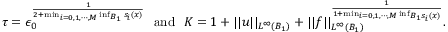
\tau = \epsilon _ { 0 } ^ { \frac { 1 } { 2 + \operatorname* { m i n } _ { i = 0 , 1 , \cdots , M } \operatorname* { i n f } _ { B _ { 1 } } s _ { i } ( x ) } } \ \ \mathrm { a n d } \ \ K = 1 + | | u | | _ { L ^ { \infty } ( B _ { 1 } ) } + | | f | | _ { L ^ { \infty } ( B _ { 1 } ) } ^ { \frac { 1 } { 1 + \operatorname* { m i n } _ { i = 0 , 1 , \cdots , M } \operatorname* { i n f } _ { B _ { 1 } s _ { i } ( x ) } } } .